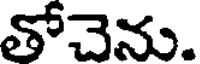
తోచెను.